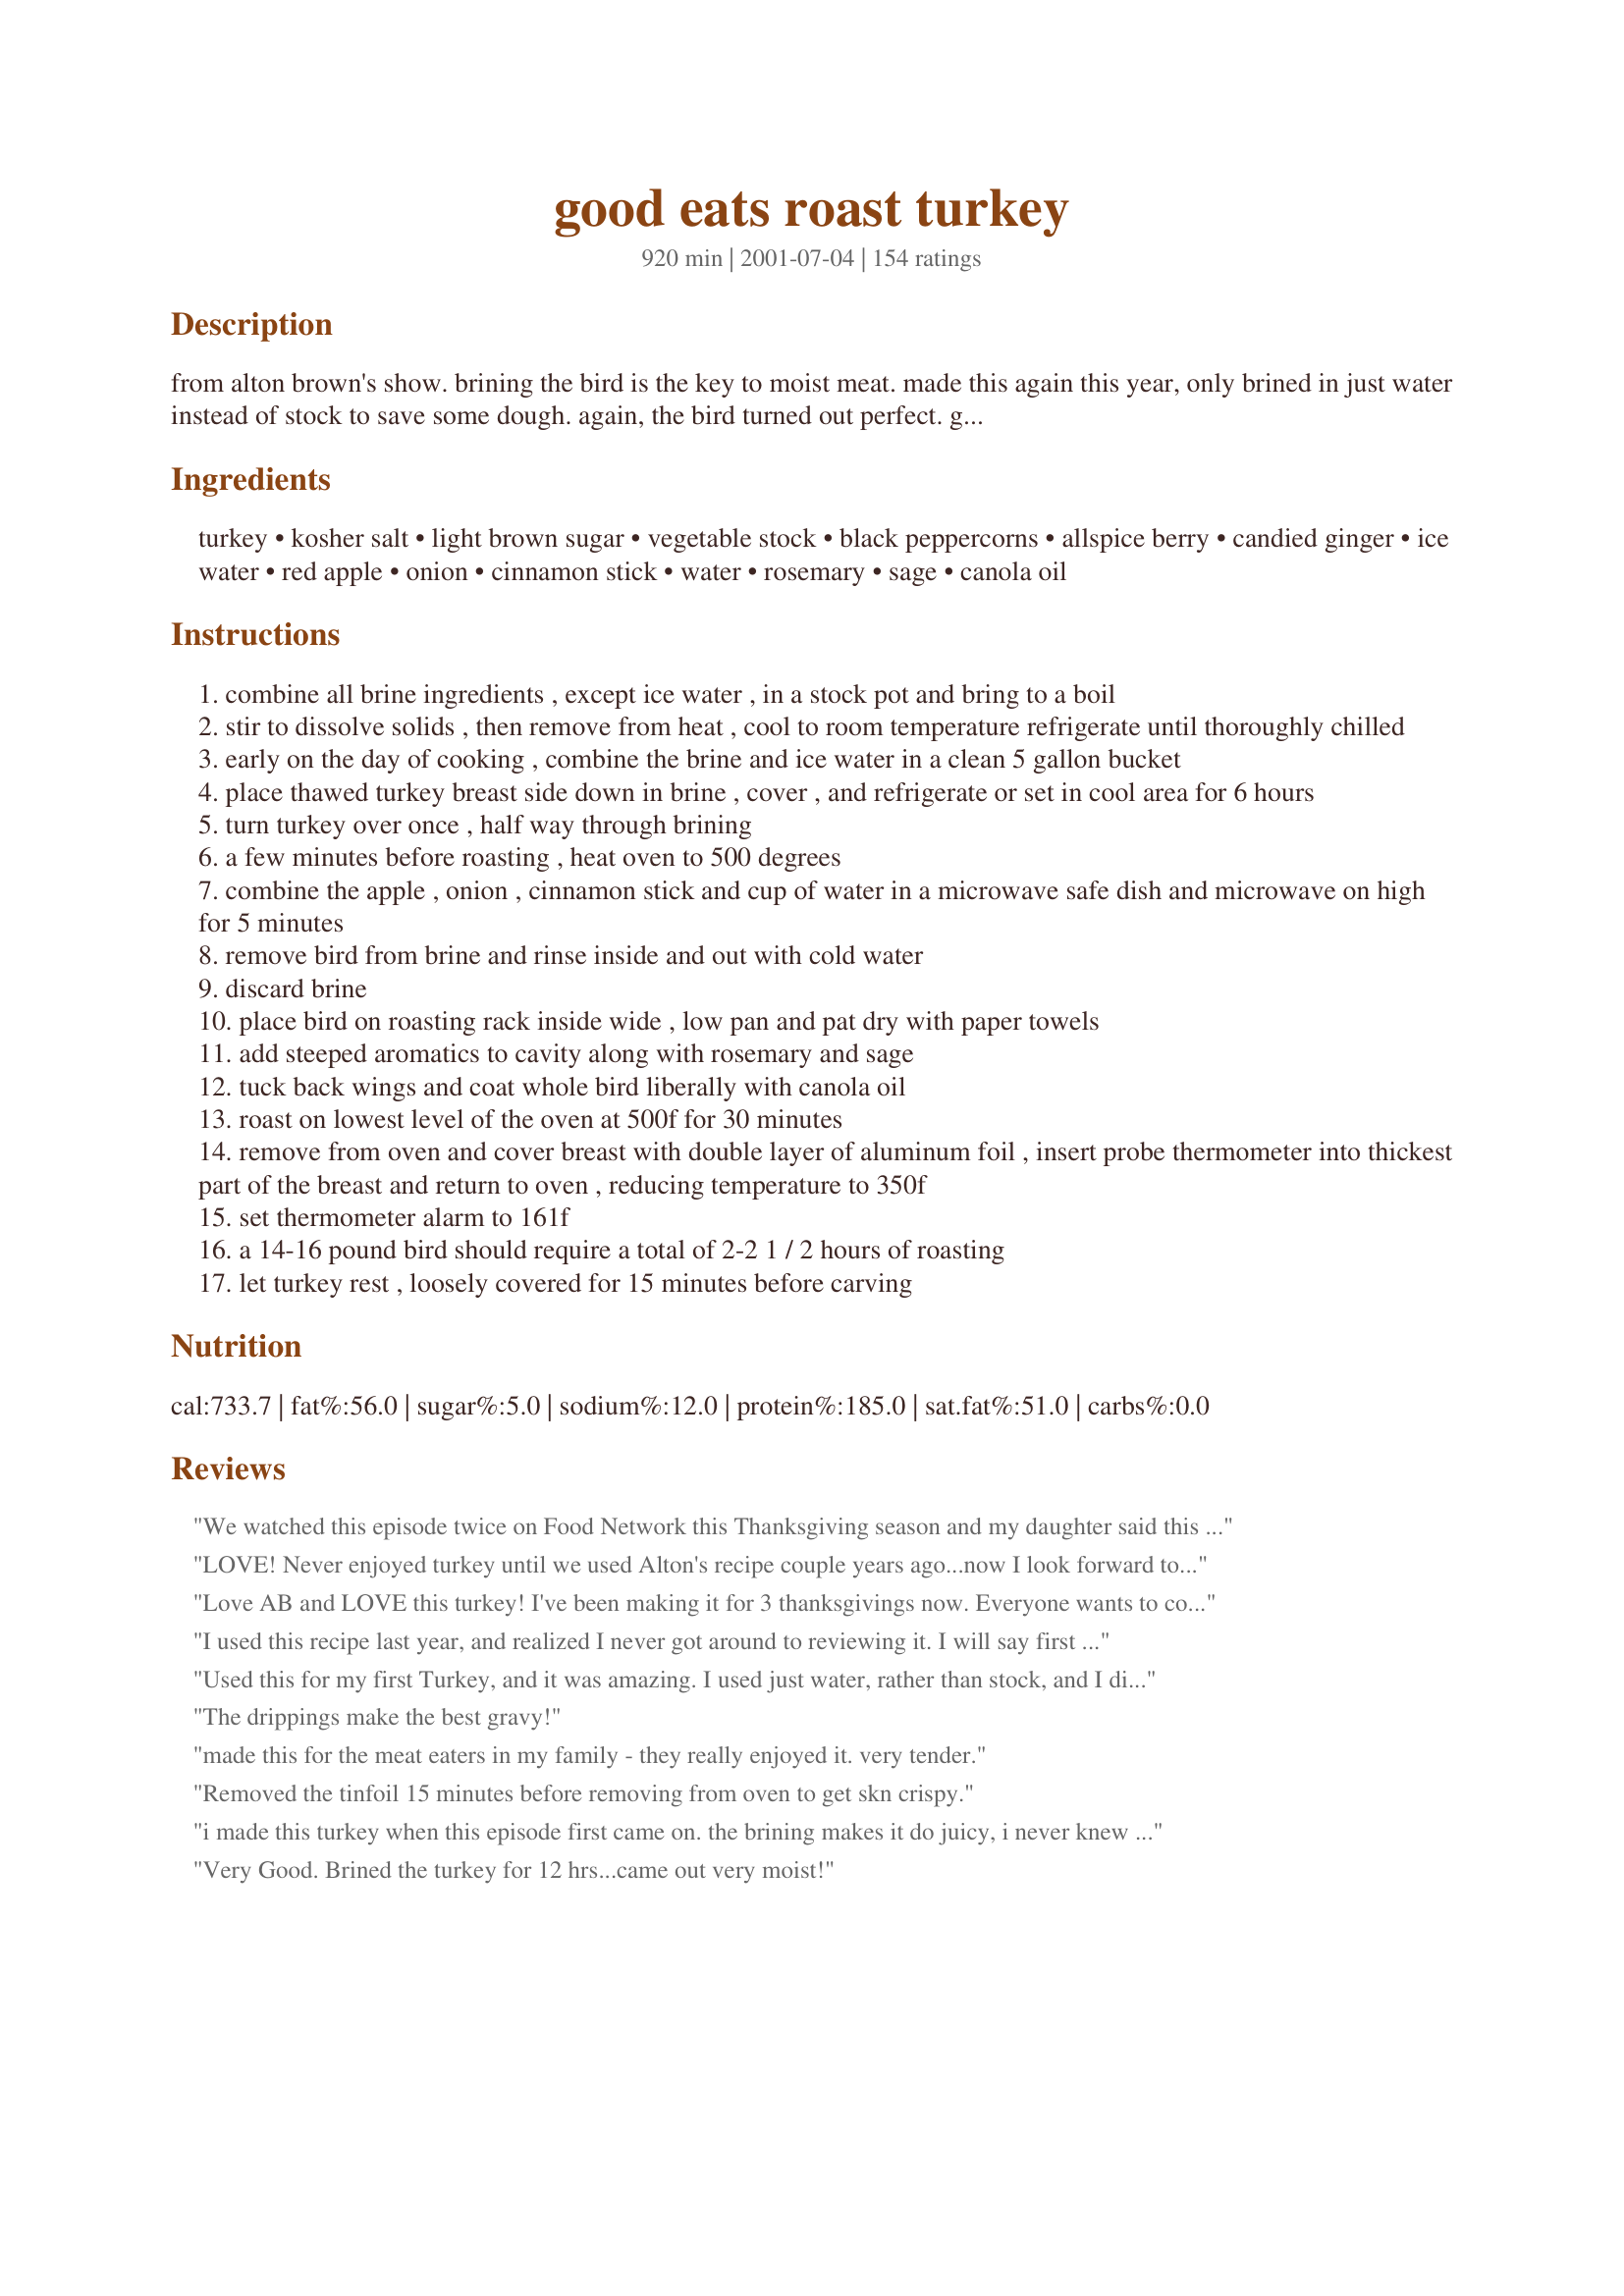
good eats roast turkey
Preparation time: 920 minutes

from alton brown's show. brining the bird is the key to moist meat. made this again this year, only brined in just water instead of stock to save some dough. again, the bird turned out perfect. growing up, i hated white meat because it was always dry and grinding on your teeth ;-), now i love white meat. cook time includes the brining time.

Ingredients:
turkey, kosher salt, light brown sugar, vegetable stock, black peppercorns, allspice berry, candied ginger, ice water, red apple, onion, cinnamon stick, water, rosemary, sage, canola oil

Steps:
combine all brine ingredients , except ice water , in a stock pot and bring to a boil
stir to dissolve solids , then remove from heat , cool to room temperature refrigerate until thoroughly chilled
early on the day of cooking , combine the brine and ice water in a clean 5 gallon bucket
place thawed turkey breast side down in brine , cover , and refrigerate or set in cool area for 6 hours
turn turkey over once , half way through brining
a few minutes before roasting , heat oven to 500 degrees
combine the apple , onion , cinnamon stick and cup of water in a microwave safe dish and microwave on high for 5 minutes
remove bird from brine and rinse inside and out with cold water
discard brine
place bird on roasting rack inside wide , low pan and pat dry with paper towels
add steeped aromatics to cavity along with rosemary and sage
tuck back wings and coat whole bird liberally with canola oil
roast on lowest level of the oven at 500f for 30 minutes
remove from oven and cover breast with double layer of aluminum foil , insert probe thermometer into thickest part of the breast and return to oven , reducing temperature to 350f
set thermometer alarm to 161f
a 14-16 pound bird should require a total of 2-2 1 / 2 hours of roasting
let turkey rest , loosely covered for 15 minutes before carving

Reviews:
We watched this episode twice on Food Network this Thanksgiving season and my daughter said this was the one she wanted me to use this year. So I used it for our 25# turkey. I wonder if I could have left it in the brine for 24 hours since it was such a large bird? I love the quick browning method for the turkey the first 30 minutes. Your bird looks like it came out of a magazine! The aromatics smells wonderful. It took 3 1/2 hours for the temp of the breast to read 161 degrees. Just had to made note of that for next time for myself. Thanks Gay for posting Alton's recipe and thanks to Alton Brown for this great recipe and all helpful insturctions!
LOVE! Never enjoyed turkey until we used Alton's recipe couple years ago...now I look forward to Nov when the first turkeys start showing up in the markets!
Love AB and LOVE this turkey! I've been making it for 3 thanksgivings now. Everyone wants to come to my house for the turkey!
I used this recipe last year, and realized I never got around to reviewing it. I will say first that the procedure was great. It produced a perfect, moist turkey with crispy skin, and meat that stayed juicy even when used for leftovers. However, that being said, I really didn't like the flavor. The taste of allspice and cinnamon came through, and it just didn't seem to go well. Turkey tasting like allspice just didn't feel or taste right, and it was also a bit of overkill with the sweet side dishes like sweet potatoes, cranberry sauce, etc. There wasn't enough contrast, and traditional gravy didn't even seem to go all that great with it. I do plan to brine again, and again, and again. But this time I will look for a different blend of herbs and aromatics that would be more savory and not include the sweeter spices like allspice and cinnamon.
Used this for my first Turkey, and it was amazing. I used just water, rather than stock, and I didn't have any rosemary. It still came out luscious and juicy and totally delicious.
The drippings make the best gravy!
made this for the meat eaters in my family - they really enjoyed it. very tender.
Removed the tinfoil 15 minutes before removing from oven to get skn crispy.
i made this turkey when this episode first came on. the brining makes it do juicy, i never knew it was so easy to make turkey. try it, it is eaiser than it sounds! thanks for posting!
Very Good. Brined the turkey for 12 hrs...came out very moist!
Yummy flavor & super moist!! We just roasted a 12 pound turkey in just over an hour! After a quick turkey & watercress sandwich to test it, we cut it into quarters, sealed it up with the FoodSaver and froze the packages of delectible turkey tidbits for quick dinners.
I made this for Thanksgiving. It was beautifully brown, super moist and juicy. My family said this was the best turkey they had ever had. I am keeping this one!!
It was the first time I hosted Thanksgiving for my family, and I was a little concerned about using a new recipe, but this turned out fabulous!!! Everyone was raving. It was super easy too. It was a picture perfect looking turkey. It was very moist and flavorful.
I am replacing our brine recipe with this one! This was way to easy! Love brining! I agree with Mean Chef: you owe it to yourself to try it. Never ever will roast a turkey without brining! This is a good recipe to try, if you have never brined before, it's very simple and easy! Used a large stock pot after buying a ice chest to brine in....never thought about using the stock pot before...if you have one, they are great! Turkey fits in, already has a lid and it's food proof! No Worrys!
Our Thanksgiving turkey looked beautiful and every morsel of meat was juicy and delicious. We'll never make another turkey without using the brine and cooking method from this recipe. I had made my own vegetable stock for the brine and after cooking the brine ingredients together I thought the liquid had a bitter, nasty smell. I was worried about how the taste would be, but pushed forward anyway and it turned out my fears were groundless. The only thing I would do differently next time is add some water to the roasting pan at the beginning. The high heat burned the juices that came from the aromatics and the bird early on and I had to strain the charred pieces out of the pan drippings (although there was no burned taste and the drippings were very good in the gravy). We were amazed at how moist the white meat was - absolutely the best ever. (To make veggie stock I used 1-1/2 Gal. water, some old, dried up baby carrots, coarsely chopped celery and onion, frozen green beans, a little cabbage and some leftover peas - simmered a couple of hours. Just scrounge around in your fridge and freezer for the ingredients - easy and cheap.) For brining the bird, I didn't have a 5 gal bucket that I trusted to be 'food-grade', so I put the turkey and brine in an oven-roasting bag, then in a trash bag and set it in a styrofoam cooler with ice packs on top. You could also use the roasting bag to line a 5 gal bucket, if you like. Thanks for posting!
This was the first time I have cooked Thanksgiving dinner in at least 7 years. I loved this recipe because it looks complicated but when you actually get started it is very easy, thorough and turns out a good bird, too. The brining made the meat tender and juicy. I didn't have some of the ingredients this recipe called for so I used the following: chicken stock, black pepper, ground allspice, ground ginger, and rosemary and sage that was in ths spice section at the store. Still turned out fine. Not hard at all. Thanks for this great recipe.
This was the first year my DH and I hosted christmas and this was our very first Turkey. We were nervous!!! But the directions were so very easy to follow and it turned out great! It was the best Turkey any of the family members have ever had. My grandma is still saying that this is the only way to cook a turkey. Needless to say we are now in charge of hosting Thanksgiving and Christmas. Great Recipe!!!!
The absolute best turkey you will ever taste, without a doubt. I have tried dozens of turkey recipes and none produce the same results as this recipe. Brining is definately the key to a moist turkey!
I've used this recipie 5 times now. It produces a great moist turkey. If you can't find or aford vegtable broth I have used chicken broth and the turkey tastes great.
I used this recipe this Christmas to make my first ever turkey for the new in-laws and it turned out great! I did not use the aromatics since I opted to stuff my bird. I didn't get a lot of drippings since most of the juices stayed in the meat. But I still got a delicious gravy with what there was plus a little chicken stock. This will definitely be the recipe I use in the future.
I was scared to use this recipe for my first thanksgiving, but boy am I glad I did! People said it was the moistest turkey they had ever had. My 19lb turkey cooked in under 3 hours! It's not as hard as it sounds--I did the brining in a large paint bucket lined with a garbage bag, outside overnight on my deck. I am recommending this recipe to everyone I know!
This was the best roast turkey I have ever had. I started brining the night before, rinsed and dried the turkey about an hour before roasting. My smoke alarm did go off once, but the hot temperature at the beginning is key. I was very skeptical of cooking a turkey to only 161, and truthfully I did go to about 163 or 164, but it was perfect and I am so glad I bought a probe. I didn't get many drippings at all (probably my turkey) but I plan on making the gravy in advance for T Day anyway.
My turkey turned out moist and juicy. best turkey I've ever had. Will be using this method year after year.
EXCELLENT! IMPRESSIVE! DELICIOUS! PERFECT! JUICY!<br/>Makes me look like "THE WOMAN" every year. This can make a man fall in love with you. Believe that!
I've tried this before on a chicken, but thought I'd submit my rating for the turkey I just finished serving to my family. I brined a 15-pounder for 5.5 hours and used 3/4 gallon homemade stock, ground peppers, allspice and ginger and threw it all in my crockpot on high for about 5 hours, then let it cool in the pot. Very easy, if a little time consuming, but well worth the smells coming out of the oven. Very juicy meat and a really beautiful color on the bird. This will be the standard from now on. Thanks for posting Gay, you rock Alton!
Made up this recipe for Chritmas Supper Everyone really enjoyed. The white eat was as moist the dark meat. This one is really worth the extra efford.
I used a modified version of this recipe and it was fantastic! I added beer to the brine, and made a roasted garlic herb butter to rub under and on the skin of the bird. I followed the roasting instructions and it got done earlier than planned, but was still amazingly moist after an hour and a half of resting under tinfoil. My family was impressed, this is my official Thanksgiving bird recipe!
This was my FIRST Thanksgiving and after reading many good reviews, I decided to use this recipe. I looked up on Food Network the videos of Alton Brown explaining the reasoning behind it all and after seeing that and making my own beautiful, moist bird, I have to agree with everyone else, this is the best turkey i've ever had. My guests were a bunch of Marines, and they loved it, but I can't wait to make this next year for our families!! Thanks so much.
This is the ONLY way to make turkey...it is wonderful!! So moist and juicy, I had the MOST compliments ever on my turkey this year!! Thanks so much!
I used water instead of stock, and didn't use the allspice berries. It turned out beautifully - the flavors of the brine really permeated the meat and it was delicious!
I've been making our Thansgiving turkey following this recipe exactly for the past 2 years, and it always turns out fantastic. Normally I'm one to tinker with recipes, but his one really doesn't need it at all. If you've never brined a turkey before, this is so easy, and produces a fool proof, amazing turkey. I highly recommend this method to anyone looking to do something different with thier turkey!
This is so good. What a delicious turkey and so moist. This is the only way that I will make turkey in the future. Well worth the brining time and it was really really easy to do! It was picture perfect.
been using this recipe for over 7 years now, after watching the good eats episode, for thanksgiving and christmas every year! i always prepare the brine the night before and put the bird in around 11 or midnight. moist and perfect bird every time.
i don't think i've ever followed the recipe for the brine exactly though, i'm always missing something or subbing something else in - but always make sure you do include all the salt.
thanks for posting!
I used this method the first year I was in charge of the Thanksgiving turkey. My mom and step dad were, er, skeptical, let's say, thinking I would give them all food poisoning by leaving the turkey sitting around in the brine for all those hours (not convinced that the salt would help preserve it), then they were worried I hadn't started cooking the turkey early enough since turkey supposedly should be started at like 9 am or something so it can cook ALL DAY, and then I was slightly sabotauged when "someone" turned my 500 degree oven down while the turkey was browning thinking I must have turned the oven up that high by accident and that I would burn the turkey (come to think of it, wasn't the "plot" of this episode about Alton's fictional relatives meddling in his turkey cooking?). Anyway, after all that, the turkey was the best my folks had ever had, and from then on, err, I had to always make the turkey for thanksgiving. Grr. Oh well, but they quit bugging me about doing it wrong.
This is the second year I have used this recipe. I followed the recipe exactly except that I had a fresh turkey, and substituted ginger powder for the candied ginger. This year, having read other suggestions about brining turkey, I increased the amount of salt, as I used 2 gallons (8 liters) of water to cover the turkey. I also followed other suggestions, and brined the turkey one day and left it overnight to dry out for better browning. I cooked it late on Christmas morning (10 a.m.), so it was perfectly done at 1 p.m. For those who found it too pink, I have read that this is the result of a free-range turkey, the meat of which will always be pink. My thermometer showed that it was done, and I was able to convince my husband of this, as he was ready to put it back into the oven.
Great recipe!!! I'll never be able to go back to an unbrined turkey.
You will never make your turkey another way. It is well worth the work. NOT opening the oven after tenting the breast is key. Worth it to invest $20-30 in a meat probe that allows you too monitor temperature from outside the oven. Last year we were worried it would be dry because there was no juice in the bottom of the pan. We wondered where it all went, then we cut the turkey. As you slice it, juice litterally comes pouring out like cutting very ripe fruit. If you use fresh herbs I would use 1/2 or 3/4 what the recipe says or it may be overpowering.
Wow, wow, wow!

I've cooked many a bird, but this was far and away the best. I bought a 5 gallon bucket at Smart and Final and brined away. It was DELICIOUS! The whole family was thrilled!
I kinda mixed this recipe with another when making my Thanksgiving turkey this year. I had just finished making a bunch of crystalized ginger a few weeks ago, so it came in handy for the brine. I didn't have any veg. stock, so I used plain black tea like I did last year. I added onions, garlic, and orange halves to my turkey when roasting, as well as rubbing the turkey with butter before hand. The meat was so tender, moist and full of flavor I know I will be keeping this recipe/idea around from now on!
I think this is the only way to cook a turkey! I have brined a turkey the past three years: Once using another recipe from here...then using a brine in a jar (way too salty)...and then this. This was intensely flavorful and juicy. Best of all...NO BASTING!!
Moist and tender meat. The brine smelled heavenly. Couldn't find sage leaves, so I put a tablespoon of rubbed sage in the aromatics.
Easier than it sounds. I have made my last couple turkey's this way. It cooks faster and is super moist!
This recipe is incredible! My turkey was soooo moist and flavorful. I did make a few changes: I put a blend of butter, rosemary, garlic, salt, and pepper under the skin and I also left out the cinnamon stick before cooking. Aside from that, I did everything as directed and it came out excellent. I had a 15lb turkey and it took about 2 hrs & 45 minutes total. Thank you so much for posting this keeper!
I followed the direction exactly, but cooked an 18 lb turkey. I cooked it for about 3 hours until my themometer reached 161F. I allowed it to sit for about 10 minutes covered with foil. When my husband began carving it, we noticed the breast meat was still bloody inside. We put it back in the oven and baked it until the temperature reached 170F. The meat was tender, juicy, and flavorful and I'll probably use this recipe again, but I will definitley cook it to 170F next time.
This is the only way i will make and eat turkey now! something to make it even better-- use an injector syringe and shoot some of the brine into the fat parts- thighs, breasts, that kind of thing- a couple syringes full per breast does great for us! you can actualyl see the meat puff up a bit when you do it- and it makes alton brown's already wonderful recipe that much better! and then stuff a bit of fresh rosemary and fresh sliced garlic under the skin. as alton says-- good eats!
I really enjoyed this receipe, I have even retrofitted it to use on Gamehens. Thank you, it is wonderful.
This year was the first year I ever had to cook a turkey all by my lonesomeâ€” and I can't tell you enough how nervous I was about the big day. I purchased the biggest (and last in the grocery store) bird I have ever seen, weighting in at 25lbs and attacked the recipe with high expectation and slight hesitation. I did some slight alterations: taking in account of the large size, I multiplied the recipe by .5 / added carrots & celery to the aromatics & eliminated the sage. I brined one side of the bird for 6.5 hours and the other side for 14 hours. (I had no intentions of bringing it for so long but I had a one too many thanksgiving-eve cocktails and well, simply didn't remember to remove the bird from the brine till the next morning.) I rinsed & dried the bird for 4.5 hour before I put it in the oven. I encountered a lot ( A LOT!!) of smoke after the first hour & half. The juices from the bird boiled over the roasting pan and onto the bottom of the stove causing all the smoke. The end result was delicious! The extra hours in the brine didn't negatively affect the bird at all. Cooked bird at 400 for 30 minutes, 350 for 3hrs 20 min. I would quickly recommend this recipe to anyone.
We will never open the oven door, baste or stuff another turkey. Two years in a row we have made this for Thanksgiving, and it was a hit. We used a 20 lb. turkey, and it still worked fine with these amounts. I used powdered allspice, as I couldn't find the whole berries. I didn't know how to get the stuffing cooked, as there was no room in the oven, so I used a crockpot and added broth to keep it moist. This is our new tradition!
I chose this brine for my turkey because it looked both delicious and uncomplicated with basic ingredients. I actually marinated the bird for a total of 12 hours, 6 on each side in a large roasting pan lined with a clean white garbage bag without any chemicals.
I enjoyed the use of the aromatics which gave a distinct sweet smell to the meat. The white meal sliced up well, without being dry or shredded. It was a perfectly delicious turkey without a lot of fuss or expensive ingredients. I highly recommend this recipe and thank you for posting it!
Really good!
Have done this two years in a row and gotten rave reviews both times. Amazing recipe, although my father did think that the gravy didn't turn out as well due to this brine.
What can I say that everyone else already hasn't?! Very juicy and great flavor. It will definitely be a recipe that I keep and pass on to my children.
Wonderful!! We haven't had turkey in years because they always came out dry. I finally gave up and then quite by accident I ran across this recipe searching for something else. I doubted it, but tried it and followed the recipe to the letter (except for the ginger), and it was just perfect. Moist, golden, flavorful and relatively easy to do. So we thank you Gay and Alton, for bringing the turkey back into our Thanksgiving. I will never make it any other way.
I have been using this recipe for brining turkey for the last few years. It makes the white meat so juicy. I do not use the aromatics because I stuff my turkey. I also do not usually have the candied ginger on hand, but I think it comes out just as good. If you have never used brine before, please try, you will not be sorry!
This recipe is AWESOME! I have made our thanksgiving turkey with this recipe for the past 3 years and my family loves it! My husband is not a big fan of turkey or white meat, but the turkey comes out so tender and juicy that my husband absolutely loves it!
All I can say is WOW. I will alwsys brine in the future. The meat was very moist and yummy. I hate dry turkey. My daughter gave me an early Christmas present of a thermometer that you insert and it's programable outside the oven. What's cool about this recipe is that there is no basting. I did leave it 15 minutes longer at 500 degrees to get it more brown, but I highly recommend this recipe.
i will never do a turkey another way. Perfect.
What can I say that hasn't already been said? We know that the brining process helps to make the turkey moist and juicy. It is nicely seasoned throughout. I brined the turkey using my water bath canner. Worked perfectly. I will never cook a turkey again without brining. Thanks for sharing this recipe!
I've used this brine for the last couple of Thanksgivings and it truly makes an amazing difference in the flavor of the turkey! I usually only do a turkey breast as there are never more than a few people here and I do it in the crock pot. I brine overnight, then rinse and put it in the crock pot over a sliced onion, a sliced apple, a sprig of rosemary, a couple of sage leaves, and several sprigs of thyme. I add the cinnamon stick and cook on low for 7-8 hours. I usually use the drippings and the onions and apples to make a wonderful gravy right before serving.
LOVE THIS RECIPE! I've used this recipe a few times for Thanksgiving dinner. Being relatively new to making Thanksgiving feasts, this recipe results in the tastiest turkey without being too complicated. Just make sure you give yourself enough time for the bringing process. If you don't have enough room to refrigerate & you live in an area that's cool enough - put it in a cooler outside. LOVE LOVE LOVE!
'is good. I used a turkey breast and not a whole turkey. Some of it was flavored by the aromatics but most of it didn't seem to take to the aromatics at all. So, I may or may not do that again if only doing a breast. I put a 7.5 pound turkey in for 2 hours (w/ 1/2 hour of 500 deg) and the temp read 175 when I took it out. Oops! But it was by no means ruined.
I had high anxietey about making the Thanksgiving turkey this year since it turned out so dry last year. I searched and searched for a new way to make the turkey and decided to go with this brining recipe. Soooo glad that I did. My 28lb turkey came out moist and delicous. This is the way I will make my turkey for now on. Thank you so much! i will never be anxious about cooking a turkey again.
I've made my turkey using Alton's method the last few years now and everyone loves it! The brining colors the outside of the meat a little... leaving a slight pinkish color on the outside. That color is all the flavor! Good eats!
My husband Rick &amp; I made this last year and it was the best turkey ever! We brined it in a clean cooler over night. This was the first time I have had white meat that was juicy. Take the time to do this you will not be sorry! I did use regular ginger because the store didn&#039;t have candied and think that was even better.
DO NOT COOK YOUR TURKEY ANY OTHER WAY! I made the turkey for the first time this year, with mother and grandmother attending, I had a tough panel of judges. Both were skeptical because it breaks all of the "traditional rules" of cooking a turkey (500 degrees!? No stuffing!? No basting!?) They were both blown away by the results... my mom even called me TWICE in the following 2 days to tell me how it was the best turkey she'd ever had. WORTH EVERY SECOND OF EFFORT!
Alton is the MAN!! I miss his Good Eats, but do watch his old episodes on NetFlix.&lt;br/&gt;&lt;br/&gt;I adapted Alton&#039;s recipe and use pickling salt, since it dissolves better in water. I also use water instead of broth. In addition, I do brine over night, use different seasonings (like any other cook has the right to), stuff the cavities with onions, but I smoke the turkey low at 200 degrees and, most important, with the breast down over a pan of the brine to keep the heat moist. At 200 degrees, it takes a 20# bird about 6 hours, so get up early!! However, the work and wait is worth it; the most delicious turkey you can ask for!! And don&#039;t let the 161 degrees scare you, the carry-over will take it higher and today&#039;s birds are cleaner than before.&lt;br/&gt;&lt;br/&gt;The only thing I will do differently is smoke with the breast up for the first 1-2 hours for better smoke flavor in the breast.&lt;br/&gt;&lt;br/&gt;Don&#039;t restrict yourselves to just turkey. I brine pork, beef, poultry, and it is excellent for venison; my wife even ate it. The brine time is about 1 hour per pound. I did do a chicken over night and my son and I had to drink a gallon of water after our 2-bite dinner. FUNNY!!
I was always a drumstick girl...until this year! The white meat was so moist and tender that I think next year I will make two breasts instead of a whole turkey. Followed the recipe exactly except I used a 2 quarts of stock and 2 quarts of water for the initial brine mixture. I will never make turkey any other way again.
Tried this and our turkey was so moist and tender! I even made my own vegetable stock. It's definitely worth the extra effort. I'll be making my turkey this way from now on.
Did thanksgiving at my house for the first time this year. The turkey was awesome, and I don't even like turkey. I used this recipe along with a compound butter recipe that Emeril did on the Martha Stewart show. I left the turkey in the brine (minus the ginger and allspice) for about a day and half. I did add a little apple cider and mixed chicken and vegetable stock (mostly from my sweet potatoes). In the morning before putting the turkey in the oven, I mixed up the compound butter and spread it up under the skin. I fixed the aromatics with ground spices and went ahead and stuffed an onion and a lemon in the other side of the turkey, too. It was so good, juicy, and tender.
I did use a different brine, however I will never roast a turkey without using this method again. In the 30 minutes roasting at 500 degrees, the skin turned brown and picture perfect. My 19lb bird was fully cooked in just under 3 hours and all my guest raved about how pretty and tasty it was.
By far the best turkey I have ever roasted. I followed the recipe exactly. I brined the bird overnight. My 16 lb bird was fully cooked ready to serve in 2hrs 15 minutes. Caution when the bird is at 500 some smoke may occur. When I took it out of the oven I tented the bird in foil and let it rest for an hour - It was still hot when I carved it.. The breast meat was so tender & moist and the bird was golden. Thanks Gay for posting this excellent recipe - I'll never cook my turkey any other way
Wow...I couldn't believe how good this turkey was. I have never liked tukey. But this year I actually ate it and enjoyed it!! It did take quite a bit longer than 2.5 hours but I'm blaming that on the ridiculous oven in the cabin we rented. Thank u so much for posting. You have turned me into a turkey consumer :)
Very easy, very juicy! I cooked breast-side down for extra tenderness. Took about 3 hours total for my 14lber.
Used this recipe basically but changed a few items ... all in all best turkey we ever had.
Absolutely the best turkey I have ever had in my life (and my DH totally agrees!)
This produced the best turkey I have ever tasted! Talk about juicy. We all loved it. We used about half vegetable stock and half water to save a little dough, and it still came out quite tasty. Will definitely be making it this way again!
I've never brined a turkey before, but this had so many 5 Star Reviews that I thought I'd try it. I will never cook a turkey without brining it again! This was the juiciest turkey I've ever eaten. It cooked faster than usual - maybe the quick broil at the beginning made the meat start roasting deeper sooner? My only regret is that we made this in February for just my family and my mother-in-law. I wish I'd found this recipe years ago - it would have been on our Thanksgiving table every year!
Our first time brining and defintely not our last. We followed the recipe but had to substitute candied ginger for fresh grated ginger and allspice berries to allspice power. We had a 20lb turkey and brined in a cooler for 7 hours turning half way through. We then dried it off and left it overnight in the fridge to air dry which produced a very crispy skin. It came out of the oven after 3 3/4 hours and was tented for 1/2 hour. The breast was amazing it was so moist, the legs were cooked but it wasn't quite done. There was some pink in the juices so I'll cook it longer next time. I can't wait to try it again at Christmas. Thanks for posting this recipe Gay it's the best.
This turkey was awesome! Used chicken broth instead and used 1 1/2 tbsp candie ginger by mistake. Made incredible soup afterwards!
Best Turkey I have ever cooked
Awesome! 
The reason why everybody raves about a brined bird, is because it's really that good!
Couldn't find allspice berries, so I left those out, and used a combo of veg/chicken stock because we only had 1/2 gallon available of the veg, but it was still great!
"More work, but more better! Juicy meat, crispy skin, and complex, subtle flavors. Also BEAUTIFUL coming out of the oven! My boyfriend thought I had someone over because I couldn't quit ooh-ing and aaah-ing! I'd never do it differently... -- posted Apr 2, 2003, 2 members found this helpful" 

Updated 11/27/04 - This is a lot of work and SO worth it! I cooked the turkey for the first time for my family and my BF's (the latter family is used to dining at very nice holiday buffets). I brined for 24 hours, and let sit in an empty pot to air dry for another 12 (saves a few paper towel rolls). I depended on a probe, and when it read 161 at the breast and 175 at the thigh, I removed it from the oven. My 17 pound bird only roasted for 2 hours to reach these temps. My mom raved, and my BF's stoic father said mid-feast, "This is the best turkey I have ever had." BF summed it up very well: "Moistest white meat in the world, but a little flavorless in comparison to the dark meat, which is has great flavor (from the aromatics)." Next year, I may rub a salt-garlic-rosemary paste under the breast skin. PLEASE TRY THIS RECIPE. You won’t be sorry.

Very Good. I was leery of the aromatics (because I despise cinnamon) but went with them as is, and was a bit nervous about the 500 degree oven for the first half hour (It sounded like a pan of bacon frying in there, but went with it. It turned out just great. Very Moist, tasty and oddly enough, altho slightly time consuming, very easy. Thanks for posting this.

Iowa
I made this for the last couple Thanksgivings and it's divine! It always comes out so super juicy, and the fragrance of the apples and herbs as it cooks is amazing. I get tons of compliments from this recipe!
This made for such a wonderfully-flavored, juicy turkey. I ended up using a well-cleaned cooler for the brining period because we don't have a 5-gallon bucket, and our 19.5-lb bird was too big for even my biggest pot. It was cold enough here that I could simply leave it outside overnight. Thanks for posting this great recipe. --Heather
Loved it for Thanksgiving... so tender & juicy. You go Alton!
Best turkey ever, Very moist and simple to prepare. I let mine soak in the brine overnight and into the next day, total of about 16 hours,, came out wonderful.
This was our first time cooking a Thanksgiving turkey and Alton's recipe made a delicious, moist bird! We left out the sage and rosemary per my husband's preferences and we didn't have candied ginger, and it was still great. Rather than buy a gallon of decent quality veggie stock (we have MSG-sensitivities in the family), we made our own using Recipezaar Recipe #38089. (We didn't have any leeks, but it came out great anyway.) We will definitely use this recipe again - this was one of the best turkeys I've ever had!
I wish I could give this 10 stars because our Thanksgiving turkeys were a huge hit, thanks to this recipe. We doubled it and brined two fresh 10 lb. turkeys to juicy perfection. The only change was that we could not find allspice berries but the brine seemed fine without them.
What a difference the brine makes. I had never made a turkey brine before, thought this looked and sounded like a good one to try. It was fantastic, I will always brine my turkey from now on. 
I have to admit though, I stopped with the brine, I wasn't brave enough on Thanksgiving to try the aromatics. I got a little nervous about using the rosemary and sage as my husband really hates rosemary, and I was a little afraid to do that. I will try that on a small bird, later. I also injected the bird with butter while it was cooking, and put about 1/4 inch water in bottom of pan. I also slipped some butter under the skin on the breast. This was the best turkey ever! I may be sorry that I "chickened" out on the rest of the recipe, I will check that out when I am not serving sooo many people.
Again, great brine and good directions.
Thanx
This was the best turkey I have ever tasted. I made this for Turkey Day yesterday, and my family couldn't stop talking about how juicy it was. I will never roast a turkey again without brining it first. MANY THANKS!!!
Awesome!!!! I can't believe how incredibly moist it was. All my dinner guests raved about it! Every year I try a new turkey recipe because I am never satisfied...but after 11 Thanksgivings and 11 different turkey recipes, my search is over! I will be making this turkey from now on. 

I followed the recipe exactly but substituted ground allspice for the berries and used a home depot 5 gallon bucket to brine my 17 lb turkey in. Then I set the bucket in an ice chest filled 1/2 way full with ice. It was easy and so incredibly flavorful!
I will NEVER cook a turkey any other way. The only thing I did different from the recipe was rub fresh herbs and butter under the skin just before cooking. My husband says both my mom and his were jealous that my first turkey ever turned out so much better than the ones they'd been making for the last 20 years.
I have actually been using this recipe for years and just found it on this site. We also fill the cavity with apples, oranges, celery, etc. Love it!!!!
I love...love...love this recipe. I've made this 2 times now, and only my husband knows how I do it. But I finally beat my mother in law at something!
This was my first turkey attempt and even though I forgot to remove the bag of giblets (whoops!), it was a total success! I was so proud of it I started taking pictures before it was even done! I left it in the brine for 12.5 hours in a garbage bag lined ice chest and was glad I did. My critics were tough. I had no idea, but I have a family of turkey experts!! Even though the turkey was aboslutely beautiful, they all politely ho-hummed it a bit... but then the eating began! My dad said it looked a bit over cooked while he was carving it, but after tasting it, appologised and said that if you can cut it with a fork and it melts in your mouth then it is perfect (like this one). I also had an 84yr old woman continually say how delicious and wonderful it was as she was eating it (litterally, like 10 times)! Thanks for a great crowd pleasing recipe!
Brining the bird definitely made all difference in roasting the turkey! This is the moistest turkey I have ever had, I also rubbed some sage on the outside of the bird and it came out beautifully.
I have been using Alton's recipe for 6 yrs now and everyone always wants to make sure I'm "cookin the turkey just like last year"!! I follow the directions to the letter and every year we get a delicious bird. Brining is the only way to go for a moist turkey!! And don't be afraid of cooking at 500 degrees for the first 30 min. You won't be sorry!!!
Outstanding!! I got complimented on having the moistest turkey ever and it was my first time making turkey. I watched this episode and then found it already posted on here. This is so easy and great because you don't have to keep opening the door to baste thus making the cook time longer. Alton Brown's awesome, he so good at explaining things.
I made this before for Thanksgiving. My father wasn't too happy because the turkey is his thing. I had to put the aromatics in the neck since he wanted stuffing in the cavity and he thought the temperature on the recipe was wrong, so we cooked it his usual way (low heat cover until the end and then remove foil) and it still turned out more tender and juicy than usual. Everyone raved and I think my dad will listen to me this year and I'll try to cook it more to the recipe. My father was a bit nervous about the aromatics, but they really only give a hint of flavor and aren't overwhelming.
Alton Brown's Good Eats Roast Turkey recipe and technique is the defacto method for preparing turkey for our Thanksgiving celebration weekend since 2008. We hadn't made turkey in the past because neither my husband nor I were fans of the bird. We clearly remembered Turkeys-past from our childhood, and the one personal attempt at preparing turkey, which were flavorless, undercooked dark meat, overcooked white meat, etc. <br/>Our children insisted that they wanted turkey on the menu in 2008, and we decided to give it a try. We searched through several online recipe collections and cookbooks before settling on this recipe. <br/>I think one of the secrets to our success has been the fact that we purchased a FRESH, organic, free-range turkey from a local Amish community farm, and used the freshest ingredients we could find to prepare the brining solution. We are converts, and ABSOLUTELY HAVE NO REGRETS; this is the best recipe and technique for turkey.
I made this for Christmas dinner. I had a 13lb turkey but followed the directions for the 16lb bird figuring that the 3lbs wouldn't make much difference.The brining and first couple of steps worked out perfectly but I'm not sure what happened after that. I roasted the bird until the probe thermometer said that it was at 161 degrees. (About two and a half maybe 3 hours) I allowed it to sit for about 20 minutes and when we cut into it, it was still pink and not fully cooked. At that point the BF freaked out thinking he was gonna get some kind of food poisoning, so he put it back in the oven for another hour or so and wouldnn't let me take it out until HE pronouced it cooked. (His mother kept saying 'you have to cook it to 180 degrees,' so I am sure you get the idea) When I finally got a piece of it, I wasn't overly wowed by any great flavor but I can say that after all that poor turkey had been through, it wasn't dried out as much as one would expect it to be. That tells me that next year, after some adjustments, this recipe will in fact be, Good Eats!
Although I use a different brine, there is no question that I will not ever roast a turkey without brining. Those who haven't tried it owe it to yourself to give it a shot. You will not be able to go back.
Definitely worth the extra effort! I brined mine in one of those orange home depot "paint" buckets that you can buy for like $5 with a lid. Then, stored overnight in a large ice chest filled with ice. Worked great. Thanks for the great recipe.
This is the best turkey you will ever have! It is SO moist. I made it for my family last Christmas and my brothers all told me they never knew white meat could actually be good! My husband and I made this 3 times last holiday season...we kept inviting different friends over to try it out. It is truly amazing!
By far the best turkey we have ever had! Completely moist and falling off the bone. My somewhat skeptical DH also said it was the prettiest bird he ever had. We brined overnight (probably a total of 16 hours) and had to add an extra gallon of water b/c our container was so large. I couldn't find allspice berries anywhere so we added ground allspice to the brine. We also added butter and some of the fresh herbs under the skin. BEAUTIFUL! My boys (5, 3 and 1) kept sneaking into the kitchen HOURS after the meal to get bites - not of pie or fudge, but of this great turkey. Thanks for taking the time to post our new holiday tradition turkey.
I followed everything to a "t" and after 30 minutes in the oven at 500 mine came out burned. The whole house smells burn even after the next day. Yes, I turn the oven to 350 after 30 minutes on 500. I was so nervous but I'm glad the burned part was just the skin. The appearance is not so good but the turkey meat is juicy and tasty. I guess nextime I should lower my temperature at 400. Okay got to go clean my oven now. :)
This was the best turkey I have ever made/eaten! Everyone loved it, and could not get over how moist and delicious it turned out. The only difference to mine, was I added some apple cider just because I wanted to use it up. FANTASTIC, and a new tradition in our home!
After 2 years, this is now a tradition at my house.

My husband was skeptical (his childhood Thanksgiving turkey memories range from undercooked to exploding birds) but now he looks forward to our turkey around the holidays.

He is truly a fan of this recipe. He starts anticipating the bird during the trek to Home Depot to pick up a 5 gallon bucket. He also volunteers to get up around 3 am to flip the bird (no, not like that!) He also is in charge of outfitting the turkey with its foil armor, and in charge of setting the thermometer. The two of us really have a blast sharing turkey prep/cooking duty -- it's an enjoyable holiday tradition!

My family never really had a problem with dry turkeys but even so, my mom and sister rave over this recipe too.

It's a lot of work, but once or twice a year is totally worth it! I leave out the candied ginger (couldn't find it the first year I made it). I also don't use an apple or cinnamon for the aromatics -- just seemed weird to me and turned out great anyway.

Give it a try, you will be amazed how perfectly your turkey will turn out! It makes great sandwiches and soup -- assuming you even have any left!
This is my first time cooking Thanksgiving dinner ever and I could not ask for more. The turkey turned out perfect. The meat was tender and juicy and all the flavors were there. Easy to prepare, a little time consuming but worth it. I left the turkey in the brine the entire night but still turned out ok. Thanks for the post.
OMG!!! My family thanks you! I made this yesterday for Thanksgiving and they are having me to make another one today! VERY juicy and tender. I can't thank you enough. I will NEVER make it any other way.
My dad hates roast turkey and insists on a fried turkey every year. Last year he was working so he couldn't fry his usual turkey, so I opted to try this recipe. I left out the allspice berries, ginger and the aromatics. I knew he would never go for it and to tell you the truth, not to crazy about it myself. But this was the absolute best turkey. He complained about not having a fried turkey, until he took one bite of this. He ate nearly the whole turkey himself.
I made two turkeys for Thanksgiving 2009, this recipe and a non-brined bird.... The brined bird was completely DEVOURED! It was wonderful, the only bad thing was, no leftovers.... except for the "non-brined bird!" Well worth the time and effort!
I tried this on the Xmas turkey and I have to say the turkey turned out to be the best I have ever ate (if I may say so myself!!). The white meat was very tender. The only downside is how messy it is to set up the brine. Having your turkey in a bucket gets you very strange looks but it is REALLY worth it. Give it a try you will not regret it.
we'll be brining from here on out! this was an outstanding turkey, everyone loved it. a lot of work but well worth it
I made the usual 2 turkeys christmas day, brined them both with this recipe and barbequed one, oven roasted the other, they both came out amazing but the oven roasted one was like no other turkey I've ever tasted! It was that good! I will NEVER cook a turkey again without brining it. I froze some leftovers in a ziplock and when I defrosted it, was still the most juicy, flavorful turkey I"ve tasted, ever! I've seen Altons show on this, but didn't think it would be this good. Thanks so much for taking the time to post/and share this with us! This doesn't really take to much time, just do it the night before. 
P.s. I followed brine instructions exactly with the exception of candied ginger, I used powdered ginger. As for the aromatics, I didn't use the apple, I just put a whole onion incavity sprinkled with some ground cinnamon, ground sage and dried rosemary.
We prepared our Christmas turkey Alton's way and will continue to do so from now on. Not only does the bird taste great, it also looks like everyones dream of a perfect roast turket.
My first ever attempt at Thanksgiving and roasting a turkey. It came out better than any other turkey I've ever had. All of the meat was juicy and perfectly cooked. My only concern is the part of the directions that says to boil the brine until the solids are dissolved; I doubt that the allspice berries or peppercorns would have ever dissolved. I am guessing that the salt was supposed to dissolve completely. Regardless, it was perfect! Thanks for posting!
I've never been a fan of Thanksgiving turkey as a child. This was my first time cooking a turkey, and I had worked myself up in to such nervousness because of how hard it was supposed to be! But this recipe made it simple, and the bird was perfect and SO delicious. It was so easy and juicy in fact I went out and bought a second turkey after Thanksgiving JUST for sandwich meat. My only complaint with the recipe as-written is one of taste - my husband and I don't care much for rosemary, and the flavor of it permeates the turkey. I leave it out now, and to my tastes the bird is perfect.
For moist, flavorful and cooked to perfection turkey, try this! I made Recipe #227572 to have with it, and it couldn't have been better. Amazing meal!!!.
Love this recipe! It was my very first brine, and I have to say, I am never going back! Didn't brown as much as I would have liked, but my oven runs a tad low. Next time, a little longer at 500.
I've only made 2 turkeys on my own - both using your recipe - and the meat goes so fast - there hasn't been leftovers! This is a great recipe and I'll continue to wow my family with it. Thanks so much for posting it!
The only way I will make a turkey and works best on the least expensive turkey you can find. I have roasted 3 this way to rave reviews!
Brining is the only way to go! We've been making this recipe for years now and we would never have a turkey any other way. I too, on occasion have done the brine in water without the vegetable stock and it was just fine. I think the stock adds a little more flavor but plain water will suffice in a pinch. I'm glad to see you posted this Gay, I'm submitting a photo in gratitude. Thanks again.
I was very nervous about making this turkey since I'm not really much of a cook. I'm still a novice but I really wanted to make something extra special for my hubby and parents. The turkey was very moist. My father, a very picky person, was very pleased with the turkey. I don't think I'll ever use another recipe for Thanksgiving.
This is amazing! My roommate and I were in charge of the turkey for Thanksgiving dinner. No one knew it was our first time, turned out perfect and now we have to do it every year!
10 stars! I used brine recipe #146037 but otherwise followed Alton's recipe exactly, with the exception of adding a quartered orange to the aromatic mixture. This made for a very tender, tasty bird. Even my picky eater 8 year old twins who claim to hate turkey ate seconds. This is THE turkey recipe as far as I am concerned.
Brining is absolutely the best way to ensure a moist turkey. I use this recipe as a guide and adjust the seasonings - although I have used this recipe. Alton Brown is a very good resource for learning cooking techniques. His "City Ham" recipe is another favorite of mine that I make around Christmas time.
Good golly, Miss Molly!! This turkey turned out SOOO good! In all fairness though, I didn't brine my turkey, as I had inadvertently bought a prebasted one. I did however used the aromatics, seasoned the inside and outside with pureed garlic, butter, onion and rosemary & Poultry Magic and roasted it as directed. Let me tell you, it was sooo good, the "vultures" were fighting over the carcass.
Hands down best turkey ever! Thanks for the great recipe!
Thank you soooo much. This is a great way to prepare a bird. I have never "brined" a turkey, or anything for that matter and it made it incredible. I will not make a turkey or whole chicken without brining again. It made the meat so juicy and flavored all the way through. My in-laws were very impressed!!! (Brownie points...lol.) I want to thank you for our non-dry holiday turkeys from now on....lol. Stephanie
fantastic. we buttered under the skin with 1/2 cup of herbed butter as well. turned out perfect! 18 lb turkey was gone in seconds!
Great recipe. Love Alton&#039;s recipes so this was a no brainer when I had to cook my first Thanksgiving dinner in 15 years. It was a hit.
Cooked up my last turkey this way--used everything exactly per recipe except didn't have allspice berries. The meat was tender and moist and not the slightest bit salty. A(lton showed the science behind why the salt isn't absorbed into the meat, but I don't remember the specifics.) I'm a brining convert!
This is the recipe I have used for the last several years, brining does make all the difference. Its definitely worth the extra effort. Just beware, plan accordingly, everything must be backed up to allow for this process, thawing, making the brine, which must be cooled properly, etc. Read recipe well before beginning. Also, I suggested this to a co-worker with limited cooking experience and she threw her brine away becuase it did not taste good. It is NOT supposed to taste good!!! Yikes!
This was the first turkey I've ever made and the best turkey that most of my guests have tasted. Not going to try anything else but this recipe in the future! Thank you so much!
I chose to do this bird for MY FIRST TURKEY. WOW! It turned out so good for Thanksgiving I was asked to do it for Christmas! And again it was pure perfection!Even family members who don't like turkey asked for the recipe!
I'm back, as I promised, and I "must" join the chorus that will never go back to the old ways! The turkey was moist, tender, juicy, and I was proud to serve it for Thanksgiving.. I may try different seasonings from time to time, but the brining method will be a standard from now on. Thanks, Gay!
This is the only way we will roast turkey from now on. I used a fresh turkey and brined it in a 5 gallon bucket for 7 hours. I made my own vegetable stock and it was worth the extra effort. McCormick's sells Crystallized Ginger for those who couldn't find the candied ginger. I made a compound butter that I slathered underneath the skin. My DH was joking about the "potpourri" smell from the aromatics cooking. I also added a 14-oz can of chicken broth to the roasting pan at the beginning so the high heat wouldn't burn the drippings. This was so good and moist. Thank you for posting.
I used this last year for thanksgiving dinner and it was a hit. everyone wanted the recipe! This ones a keeper!
AMAZING! The only way to cook a whole bird. I cooked a 22 lbs. bird for T-day. For the larger bird, i bought a new kitchen trash can to actually brine in (of course clean it first, no matter how new). And then put the trashcan in a large stockpot with ice water to keep cool. I used plastic wrap to cover. I brined for a total of 12 hours. I doubled the brine recipe to make sure to immerse whole bird, as to avoid disturbing while brining. I added %50 to the Aromatic ingredients cause of the bird size. Other than that followed the recipe totally. Adding a little bit of broth or water to the bottom of the roasting pan helps keep the dripping from burning during the initial 30 min 500 degree cook. But if you don't do that it's no big deal. Buy a probe thermometer, it's worth it. And don't forget to let the bird rest after cooking and before carving for at least 20 minutes. I let mine set for about 40 minutes. This recipe is AMAZING!
This was my first brining, and without question, will be the method and brine recipe I use in 2006 as well. This recipe has some flexibility in it: I was using a cooler and had to refresh the brine to balance out the ice I was adding to keep it cool. I attempted to keep the ratio's correct, but I am sure it was not exact. It didn't matter, because the bird was not salty nor did it impart an overpowering taste. I brined for 2 days The brine also cut my cooking time by about 45 minutes and the moist leg bones were falling off the bird! (DH thanks this recipe for making turkey carving much easier than past years!). It was fantastically complimented by the Cornbread/Apple Stuffing Recipe #48165. As there is much debate on brining: I would recommend it as ‘insurance’ to a moist turkey!
this was amazing! even today, three days after, it is still moist. it smelled even better. this is my turkey recipe from now on. thanks for posting. :-)
Yummy! My family loved it! Sooo moist! I used half the vegetable stock and more water. I didn't cover it with foil while roasting. This is the only way I will make turkey in the future!
It's true this is the best turkey ever! The first year I made it there was absolutely NONE left. I was upset that my hubby didn't put ANY to the side for us and said I'd never do all of that work again and not get to enjoy the fruits of my labor. Well my dh PROMISES that we are going to put some to the side during carving time and is begging me to do this turkey again. I must admit it is WELL worth the labor of love. This is the ONLY turkey recipe for me. I do add my hickory bacon and my special glaze 1 hr before it's done. It turns out a beautiful golden brown and the flavor is simply devine!
It&#039;s been almost a year since I last made this recipe, but it deserves to be praised!&lt;br/&gt;&lt;br/&gt;Where I live (New Zealand), turkey is very, very uncommon. I didn&#039;t realize that when I moved here, and miss it terribly. You can purchase it during Christmas time, at about $80NZD for an approximately 6-7lb bird--very expensive. After a few years of roast chicken or ham for Christmas lunch, I splurged on an $85 bird and followed this recipe to a T. I invited my kiwi in-laws over for dinner, and neither of my kiwi step-kids had ever had turkey. It was a *huge* hit!! This will be our treat from now on! &lt;br/&gt;&lt;br/&gt;Follow the recipe as explained and I doubt you&#039;ll regret it!
Been doing it like this for years, and it never fails to keep my house poor of leftovers! I use a kosher turkey, make my own vegetable stock (recipe not posted), and increase the kosher salt to 1 1/4cup. I also use brownulated light brown sugar, and 1 tbsp of crystallized ginger. My aromatics are granny smith apple and a red apple, and 2 cinnamon sticks. I use thyme and sage instead of rosemary. I always make it to go along Recipe #145364.
The best turkey my family and I have ever had! The turkey was moist, flavorful and the skin was crisp and golden. The white breast meat was moist and just right. The dark meat was even more flavorful. This was my first turkey and I definitely do not regret it! I got rave reviews and all of my guests were impressed. At first I was weirded out that my kitchen smelled more like apple pie than turkey during the first 1-2 hours of baking. It took 4.5-5 hours of baking at 325 to make a 14 lb turkey. This is becuase I did not roast at 500 for the first stage as my oven caused the power in my house to flicker when i turned it to 500. I had just enough brine to cover my 14 pound turkey. I tried the roaster bag for the brine as someone on the boards suggested but it burst and the brine leaked out. So I transferred it to a 5 gallon bucket. So, do not use the bags! I also had a hard time finding vegetable stock, after looking at a few stores I found it at walmart. If you are looking for a turkey recipe you won't go wrong with this one. I can't wait to get into the leftovers. I have now been making this recipe without fail for several years and it always comes out fantastic.
I will never make a turkey any other way again. I used vegetable bouillon instead of stock to save money - it was very economical to do it that way. My husband says he's never had a moister turkey - ever. He can't stop talking about it. From a 20 lb bird - there was no leftover! Our guests DEVOURED it.
This is my go to recipe for turkey. I&#039;ve probably made this 5 times since I found the recipe and it&#039;s awesome each and every time. I&#039;d give more stars if I could. It was juicy and it was tasty! What more could you ask for on Christmas from a Turkey. I couldn&#039;t find allspice berries so I omitted them and couldn&#039;t find any vegetable stock so I used chicken. It still worked out wonderfully and there&#039;s not much left now. There won&#039;t be any after tomorrow I&#039;m sure. Thank you for posting this wonderful recipe!&lt;br/&gt;&lt;br/&gt;Update: I found the vegetable stock and the allspice berries, and it made it better. If you don&#039;t brine the turkey it&#039;s not going to be anywhere near as good, so make sure that you do it. I know cinnamon, an apple, half an onion, sage, and rosemary sound really strange. However, it is the most amazing turkey you&#039;ll ever have! Follow the directions exactly. You will not regret it. &lt;br/&gt;&lt;br/&gt;The only time this hasn&#039;t worked out so well was last Thanksgiving. I was using an unfamiliar gas oven at a rented cabin, and apparently the bottom of the oven didn&#039;t get hot enough. I pulled the turkey out and it had to be flipped and cooked for another hour or so. It was still a good turkey though.
Okay, what can I say that hasn't already been said? This was the best turkey I have ever eaten. Ever. E-V-E-R. <br/><br/>The brine was easy enough to make, although since I was up until 2:00 in the morning waiting for it to chill I think next year (oh, yes, I will be making it again next year!) I will make the brine a day early so it can cool for 24 hours in the fridge.<br/><br/>We had a 20 lb bird and I cooked it at 500° for 30 min, and then about another 2 hours and 15 minutes. I kept it in the oven until the bird was at about 160°. It kept cooking after I took it out.<br/><br/>This recipe is a winner. The turkey was so moist and flavorful (even the white meat).
Made this for Canadian thanksgiving last month and it turned out BEYOND incredible. I never made a turkey before and my guests would have never guessed that. We sliced the top off of a 5 gallon water cooler bottle, filled that with the chilled brine and the turkey and then put that into a cooler. We marinated for 24 hours, turning once. SO worth the effort. Moistest meat ever! Thanks for the recipe!!
I have made this several times and everyone raves about how good it is!
This was excellent. I didn't have the people to use a whole turkey, but I wanted to try this. So I halved the recipe and used a chicken. What flavor! And moisture! Thanks!!! I'm a brine convert, now!
